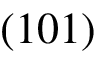
( 1 0 1 )